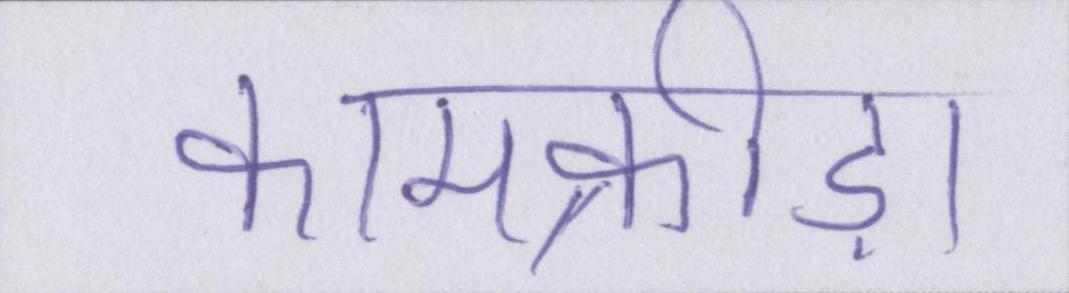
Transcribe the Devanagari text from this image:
कामक्रीड़ा